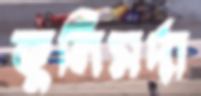
কুলিসর্দা